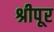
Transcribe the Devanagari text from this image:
श्रीपूर